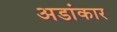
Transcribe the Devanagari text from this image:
अडांकार